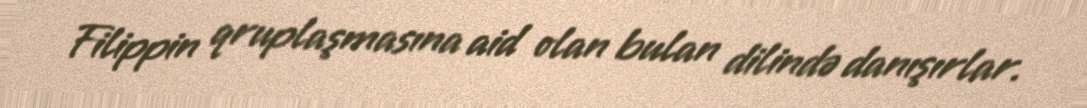
Filippin qruplaşmasına aid olan bulan dilində danışırlar.